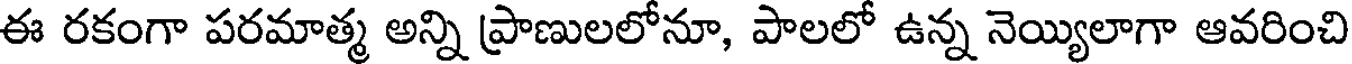
ఈ రకంగా పరమాత్మ అన్ని ప్రాణులలోనూ, పాలలో ఉన్న నెయ్యిలాగా ఆవరించి